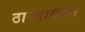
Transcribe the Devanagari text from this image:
ठाण्यावरून